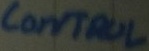
Text: control